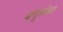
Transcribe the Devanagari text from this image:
बाजूंसोबत